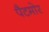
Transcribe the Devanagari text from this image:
पैटमोर